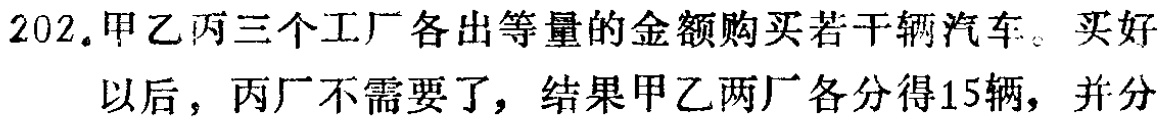
202. 甲乙丙三个工厂各出等量的金额购买若干辆汽车。买好
以后，丙厂不需要了，结果甲乙两厂各分得15辆，并分